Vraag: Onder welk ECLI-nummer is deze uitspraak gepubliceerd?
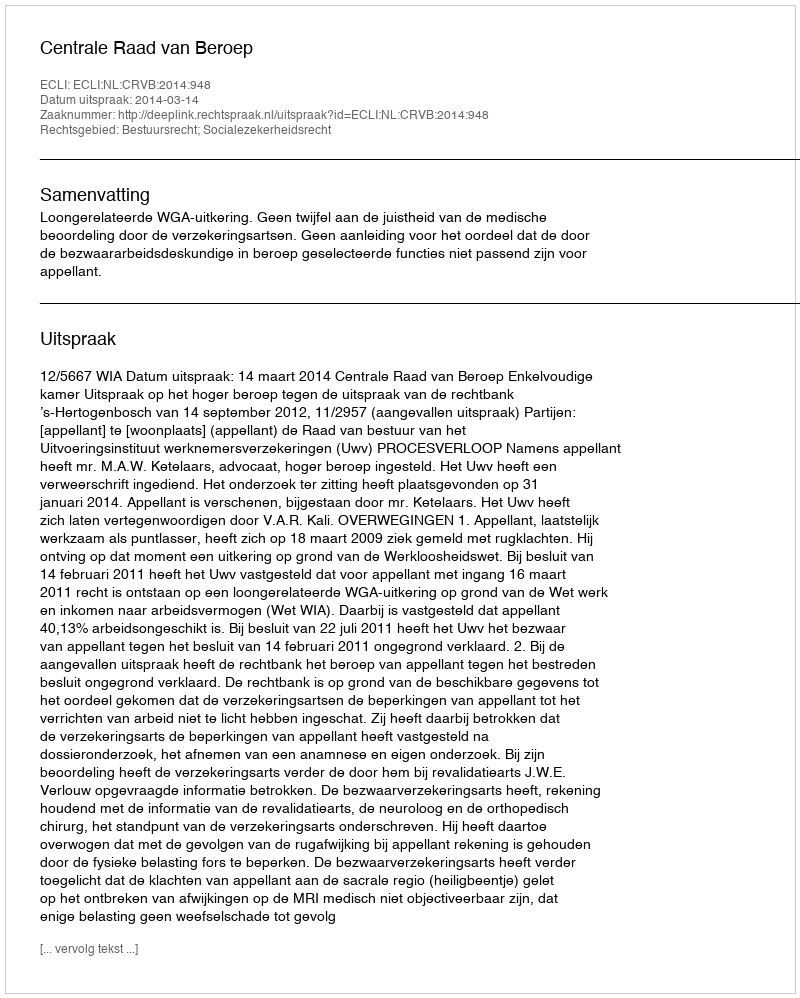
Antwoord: ECLI:NL:CRVB:2014:948